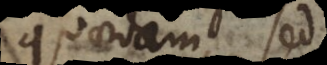
quaedam, sed